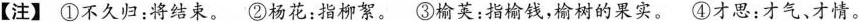
【注】①不久归：将结束。②杨花：指柳絮。③榆荚：指榆钱，榆树的果实。④才思：才气、才情。